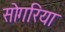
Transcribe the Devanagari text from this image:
सोगरिया